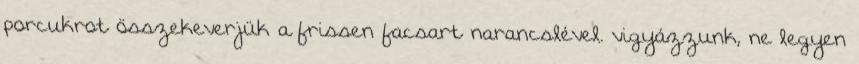
porcukrot összekeverjük a frissen facsart narancslével. vigyázzunk, ne legyen